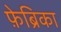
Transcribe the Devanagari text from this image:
फ़ेब्रिका